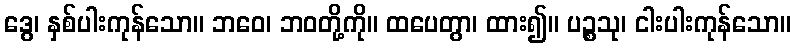
ဒွေ၊ နှစ်ပါးကုန်သော။ ဘဝေ၊ ဘဝတို့ကို။ ထပေတွာ၊ ထား၍။ ပဉ္စသု၊ ငါးပါးကုန်သော။